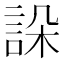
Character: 𧧨